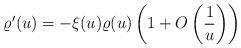
LaTeX: \begin{align*}\varrho'(u)=-\xi(u)\varrho(u)\left(1+O\left(\frac{1}{u}\right)\right)\end{align*}